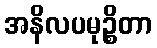
အနိလပမုဉ္စိတာ